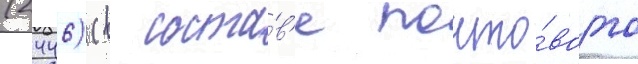
(2446) (в соста́в'е почто́вого